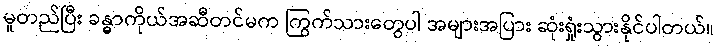
မူတည်ပြီး ခန္ဓာကိုယ်အဆီတင်မက ကြွက်သားတွေပါ အများအပြား ဆုံးရှုံးသွားနိုင်ပါတယ်။